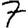
Digit: 7